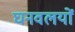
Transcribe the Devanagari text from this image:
घनवलयों